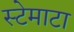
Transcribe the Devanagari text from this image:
स्टेमाटा